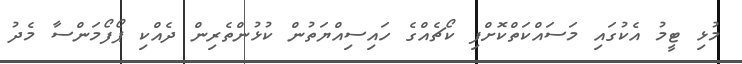
މުޅި ޓީމު އެކުގައި މަސައްކަތްކޮށްފި ކޯޗެއްގެ ހައިސިއްޔަތުން ކުޅުންތެރިން ދެއްކި ޕޯފޯމަންސާ މެދު